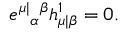
e ^ { \mu | } { } _ { \alpha } { } ^ { \beta } h _ { \mu | \beta } ^ { 1 } = 0 .